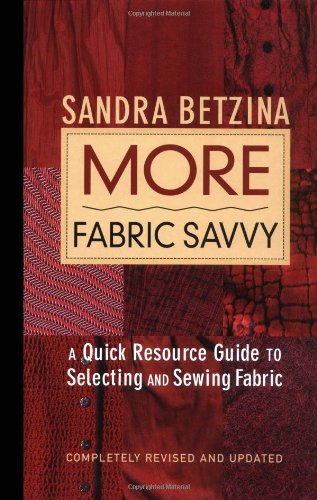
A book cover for More Fabric Savvy: A Quick Resource Guide to Selecting and Sewing Fabric; Sandra Betzina; Crafts, Hobbies & Home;